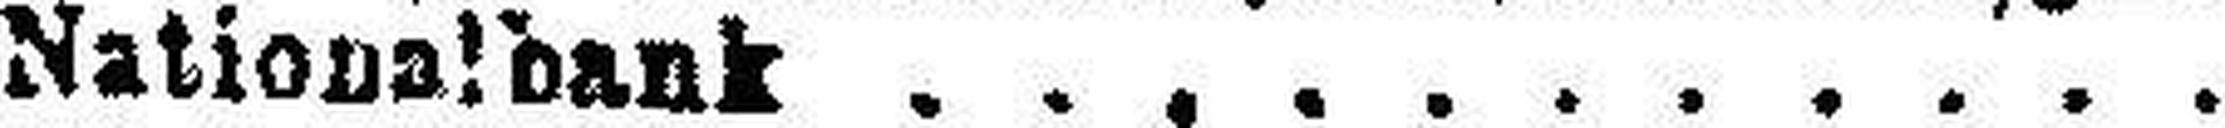
Nationalbank